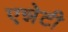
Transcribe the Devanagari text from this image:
एन्नेटी